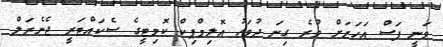
ވަނީ ފަސް އަހަރަށް ވުރެ ގިނަ ދުވަހު އޮލިމްޕިކް ކޮމިޓީގެ ސެކައްޓަރީ ޖެނެރަލް